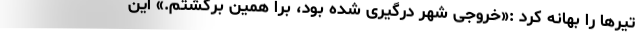
تیرها را بهانه کرد :«خروجی شهر درگیری شده بود، برا همین برگشتم.» این